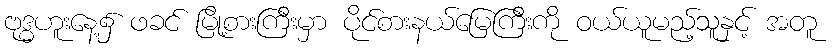
ဗုဒ္ဓဟူးနေ့၌ ဖခင် မြို့စားကြီးမှာ ပိုင်စားနယ်မြေကြီးကို ဝယ်ယူမည့်သူနှင့် အတူ